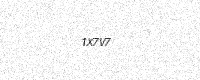
Text: 1X7V7